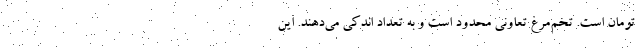
تومان است. تخم‌مرغ تعاونی محدود است و به تعداد اندکی می‌دهند. این